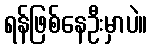
ရန်ဖြစ်နေဦးမှာပဲ။